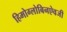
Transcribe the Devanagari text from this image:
हिमोग्लोबिनऐवजी